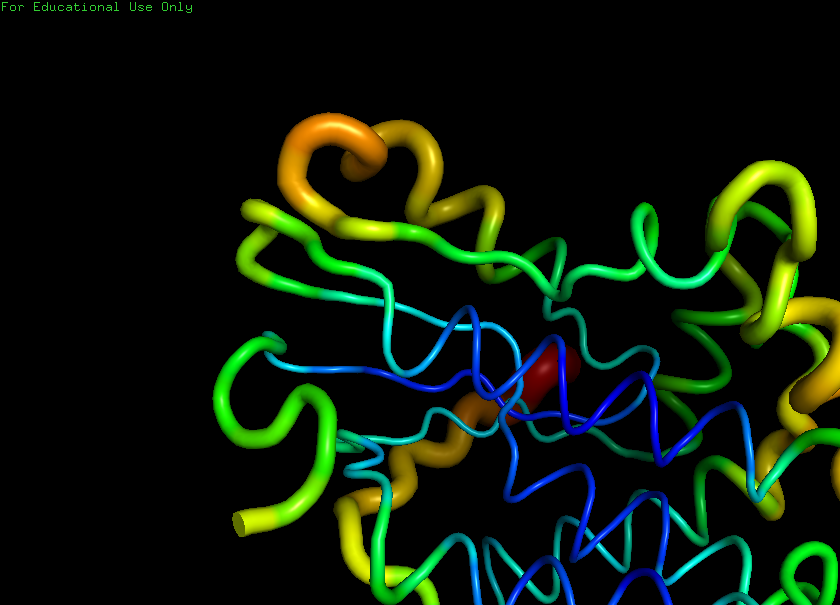
pymol, preset, b_factor_putty